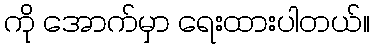
ကို အောက်မှာ ရေးထားပါတယ်။